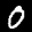
Label: 0